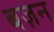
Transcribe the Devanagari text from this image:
बज़न